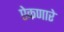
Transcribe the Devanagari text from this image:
ऐकणारे